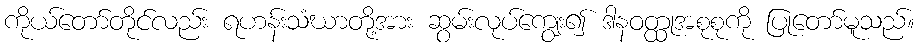
ကိုယ်တော်တိုင်လည်း ရဟန်းသံဃာတို့အား ဆွမ်းလုပ်ကျွေး၍ ဒါနဝတ္ထုအစုစုကို ပြုတော်မူသည်။